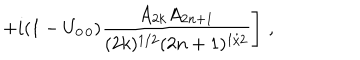
\left. + i ( 1 - U _ { 0 \, 0 } ) \frac { A _ { 2 k } A _ { 2 n + 1 } } { ( 2 k ) ^ { 1 / 2 } ( 2 n + 1 ) ^ { 1 / 2 } } \right] \, ,